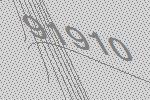
91910